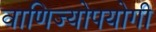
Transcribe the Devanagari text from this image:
वाणिज्योपयोगी